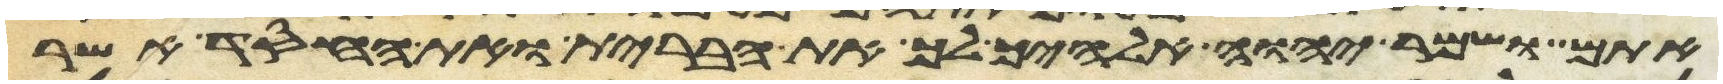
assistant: אתם ושמר יהוה אלהיך לך את הברית ואת החסד אשר